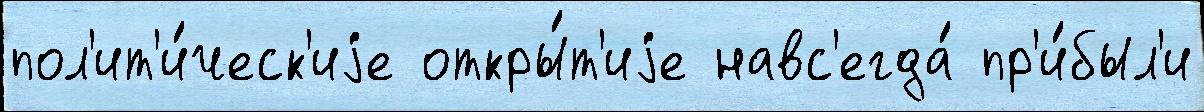
пол'ит'и́ческ'иjе откры́т'иjе навс'егда́ пр'и́был'и